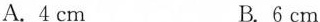
BA.4cm B.6cm